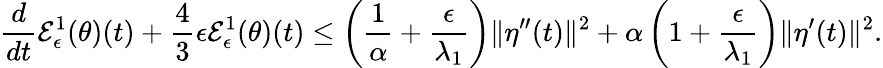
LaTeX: \frac{d}{dt}{\cal E}_{\epsilon}^{1}(\theta)(t)+\frac{4}{3}\epsilon{\cal E}_{\epsilon}^{1}(\theta)(t)\leq\left(\frac{1}{\alpha}+\frac{\epsilon}{\lambda_{1}}\right)\| \eta^{\prime\prime}(t)\| ^{2}+\alpha\left(1+\frac{\epsilon}{\lambda_{1}}\right)\| \eta^{\prime}(t)\| ^{2}.